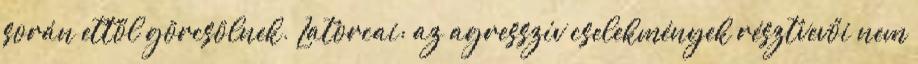
során ettől görcsölnek. Latorcai: az agresszív cselekmények résztvevői nem